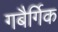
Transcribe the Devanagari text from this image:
गबैर्गिक